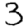
Digit: 3